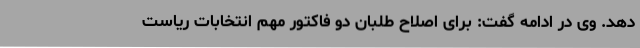
دهد. وی در ادامه گفت: برای اصلاح طلبان دو فاکتور مهم انتخابات ریاست